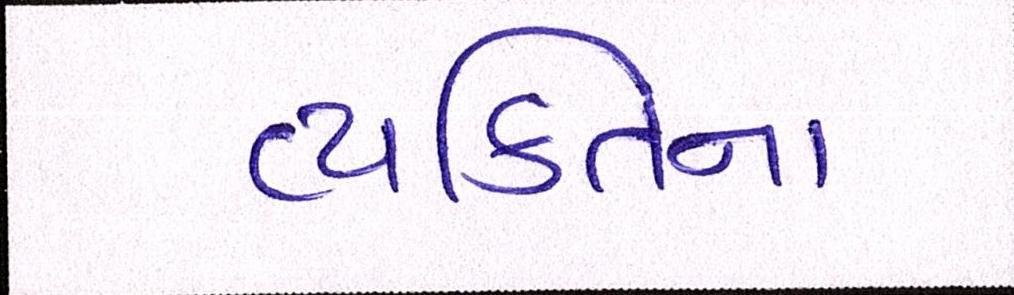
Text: વ્યક્તિના